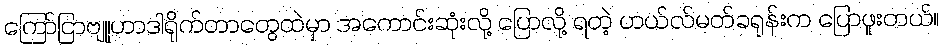
ကြော်ငြာဗျူဟာဒါရိုက်တာတွေထဲမှာ အကောင်းဆုံးလို့ ပြောလို့ ရတဲ့ ဟယ်လ်မတ်ခရုန်းက ပြောဖူးတယ်။